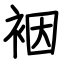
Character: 裀